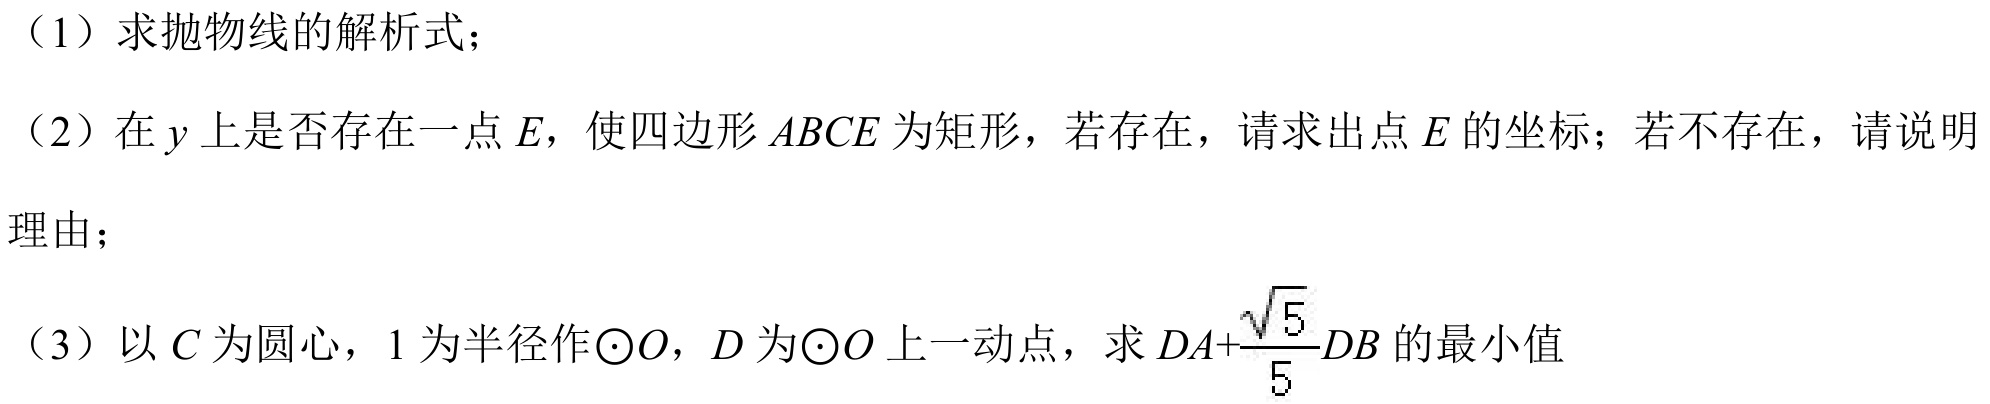
（1）求抛物线的解析式；
（2）在 \(y\) 上是否存在一点 \(E\)，使四边形 \(ABCE\) 为矩形，若存在，请求出点 \(E\) 的坐标；若不存在，请说明理由；
（3）以 \(C\) 为圆心，\(1\) 为半径作\(\odot O\)，\(D\) 为\(\odot O\) 上一动点，求 \(DA + \frac{\sqrt{5}}{5}DB\) 的最小值